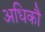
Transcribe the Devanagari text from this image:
अधिकौ